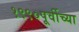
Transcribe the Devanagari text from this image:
१९९०पूर्वीच्या